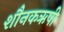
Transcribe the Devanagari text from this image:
शौनकऋषी